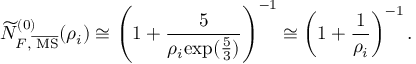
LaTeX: \widetilde { N } _ { F , \overline { { { \mathrm { \tiny ~ M S } } } } } ^ { ( 0 ) } ( \rho _ { i } ) \cong \left( 1 + { \frac { 5 } { \rho _ { i } { \exp ( { \frac { 5 } { 3 } } ) } } } \right) ^ { - 1 } \cong \left( 1 + { \frac { 1 } { \rho _ { i } } } \right) ^ { - 1 } .